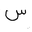
Letter: _sin